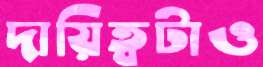
দায়িত্বটাও